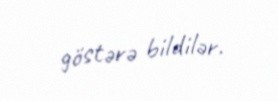
göstərə bildilər.